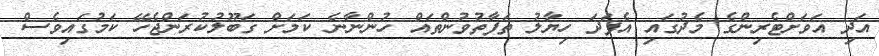
އަދި އަވަށްޓެރިންގެ މެދުގައި އެފަދަ ހިޔާލު ތަފާތުވުންތައް ހުންނާނެ ކަމަށް ގަބޫލުކުރަންޖެހޭ ކަަމުގައިވެސް